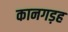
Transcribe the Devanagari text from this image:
कानगड़ह